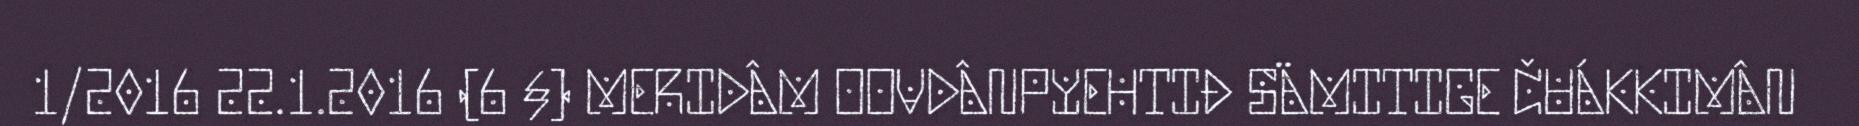
1/2016 22.1.2016 (6 §) MERIDÂM OOVDÂNPYEHTIĐ SÄMITIGE ČUÁKKIMÂN